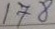
178